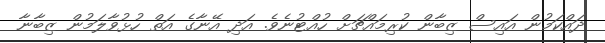
ދައްކަމުން އައިސް ޒިބާން ކުރިމައްޗަށް ހުއްޓުނެވެ. އަދި އޭނާގެ އަތް ހުޅުވާލަމުން ޒިބާނާ